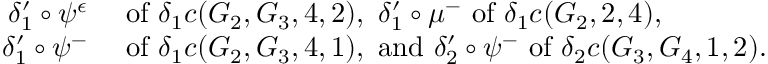
\begin{array} { r l } { \delta _ { 1 } ^ { \prime } \circ \psi ^ { \epsilon } } & { \mathrm { ~ o f ~ } \delta _ { 1 } c ( G _ { 2 } , G _ { 3 } , 4 , 2 ) , \ \delta _ { 1 } ^ { \prime } \circ \mu ^ { - } \mathrm { ~ o f ~ } \delta _ { 1 } c ( G _ { 2 } , 2 , 4 ) , \ } \\ { \delta _ { 1 } ^ { \prime } \circ \psi ^ { - } } & { \mathrm { ~ o f ~ } \delta _ { 1 } c ( G _ { 2 } , G _ { 3 } , 4 , 1 ) , \mathrm { ~ a n d ~ } \delta _ { 2 } ^ { \prime } \circ \psi ^ { - } \mathrm { ~ o f ~ } \delta _ { 2 } c ( G _ { 3 } , G _ { 4 } , 1 , 2 ) . } \end{array}